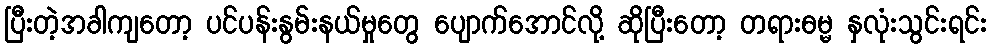
ပြီးတဲ့အခါကျတော့ ပင်ပန်းနွမ်းနယ်မှုတွေ ပျောက်အောင်လို့ ဆိုပြီးတော့ တရားဓမ္မ နှလုံးသွင်းရင်း